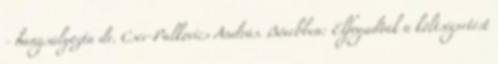
- hangsúlyozta dr. Cser-Palkovics András. Bővebben: Elfogadták a költségvetést